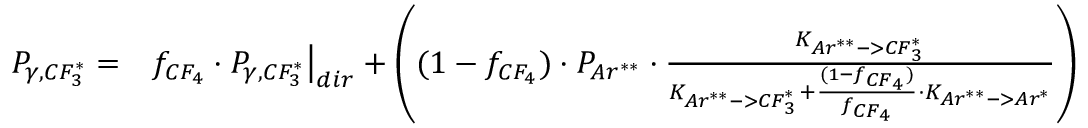
\begin{array} { r l } { P _ { \gamma , C F _ { 3 } ^ { * } } = } & { { } f _ { C F _ { 4 } } \cdot P _ { \gamma , C F _ { 3 } ^ { * } } \big | _ { d i r } + \left( ( 1 - f _ { C F _ { 4 } } ) \cdot P _ { A r ^ { * * } } \cdot \frac { K _ { A r ^ { * * } - > C F _ { 3 } ^ { * } } } { K _ { A r ^ { * * } - > C F _ { 3 } ^ { * } } + \frac { ( 1 - f _ { C F _ { 4 } } ) } { f _ { C F _ { 4 } } } \cdot K _ { A r ^ { * * } - > A r ^ { * } } } \right) } \end{array}